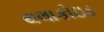
થલાકોઇડ